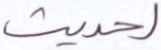
لحديث